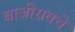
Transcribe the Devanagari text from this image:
बाजीरावचे